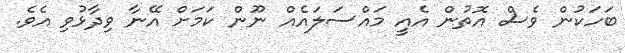
ބަހަކުން ވެސް އޮތުން އެއީ މައްސަލައެއް ނޫން ކަމަށް އޭނާ ވިދާޅުވި އެވެ.